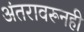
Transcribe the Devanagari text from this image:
अंतरावरूनही